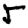
Digit: 5